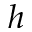
h